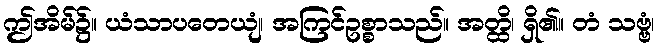
ဤအိမ်၌။ ယံသာပတေယျံ၊ အကြင်ဥစ္စာသည်။ အတ္ထိ၊ ရှိ၏။ တံ သဗ္ဗံ၊